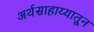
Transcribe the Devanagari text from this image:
अर्थसाहाय्यातून